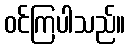
ဝင်ကြပါသည်။